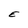
Character: E